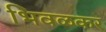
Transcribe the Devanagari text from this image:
भिवळकर